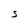
Character: S